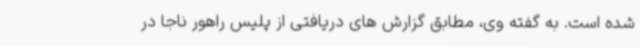
شده است. به گفته وی، مطابق گزارش های دریافتی از پلیس راهور ناجا در